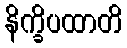
နိက္ခိပထာတိ